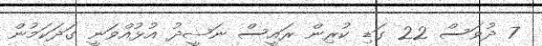
7 ދުވަސް 22 ގަޑި ކުރިން ރައީސް ނަޝީދު އުޅުއްވަނީ ގަދަކަމުން